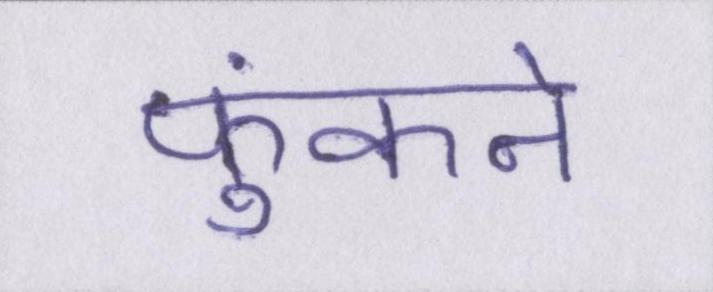
फुंकने